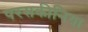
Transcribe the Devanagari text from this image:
परसकीनिया